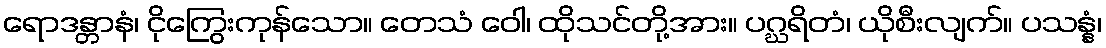
ရောဒန္တာနံ၊ ငိုကြွေးကုန်သော။ တေသံ ဝေါ၊ ထိုသင်တို့အား။ ပဂ္ဃရိတံ၊ ယိုစီးလျက်။ ပသန္နံ၊